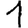
Digit: 1